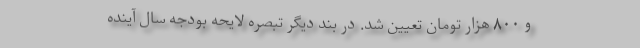
و ۸۰۰ هزار تومان تعیین شد. در بند دیگر تبصره لایحه بودجه سال آینده